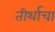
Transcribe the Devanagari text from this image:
तीर्थाचा